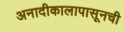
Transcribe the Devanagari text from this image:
अनादीकालापासूनची